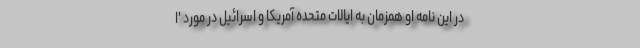
در این نامه او همزمان به ایالات متحده آمریکا و اسرائیل در مورد 'ا